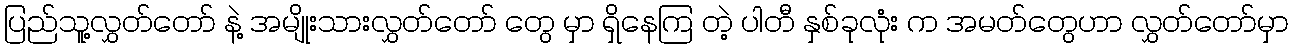
ပြည်သူ့လွှတ်တော် နဲ့ အမျိုးသားလွှတ်တော် တွေ မှာ ရှိနေကြ တဲ့ ပါတီ နှစ်ခုလုံး က အမတ်တွေဟာ လွှတ်တော်မှာ